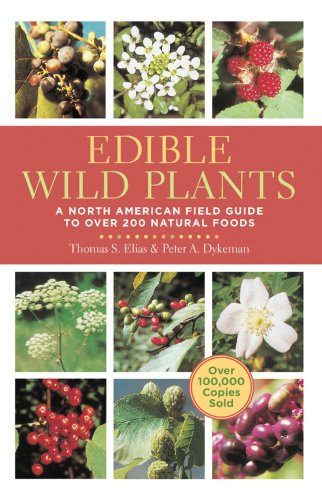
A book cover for Edible Wild Plants: A North American Field Guide to Over 200 Natural Foods; Thomas Elias; Crafts, Hobbies & Home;